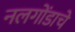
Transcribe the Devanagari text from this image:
नलगोंडाचे